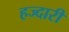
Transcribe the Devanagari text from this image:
हज्दारी